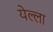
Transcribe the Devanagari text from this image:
येल्ला